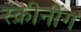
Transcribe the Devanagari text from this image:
स्क्रीनींग